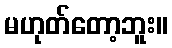
မဟုတ်တော့ဘူး။